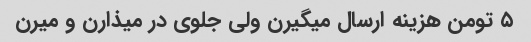
۵ تومن هزینه ارسال میگیرن ولی جلوی در میذارن و میرن